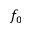
f _ { 0 }